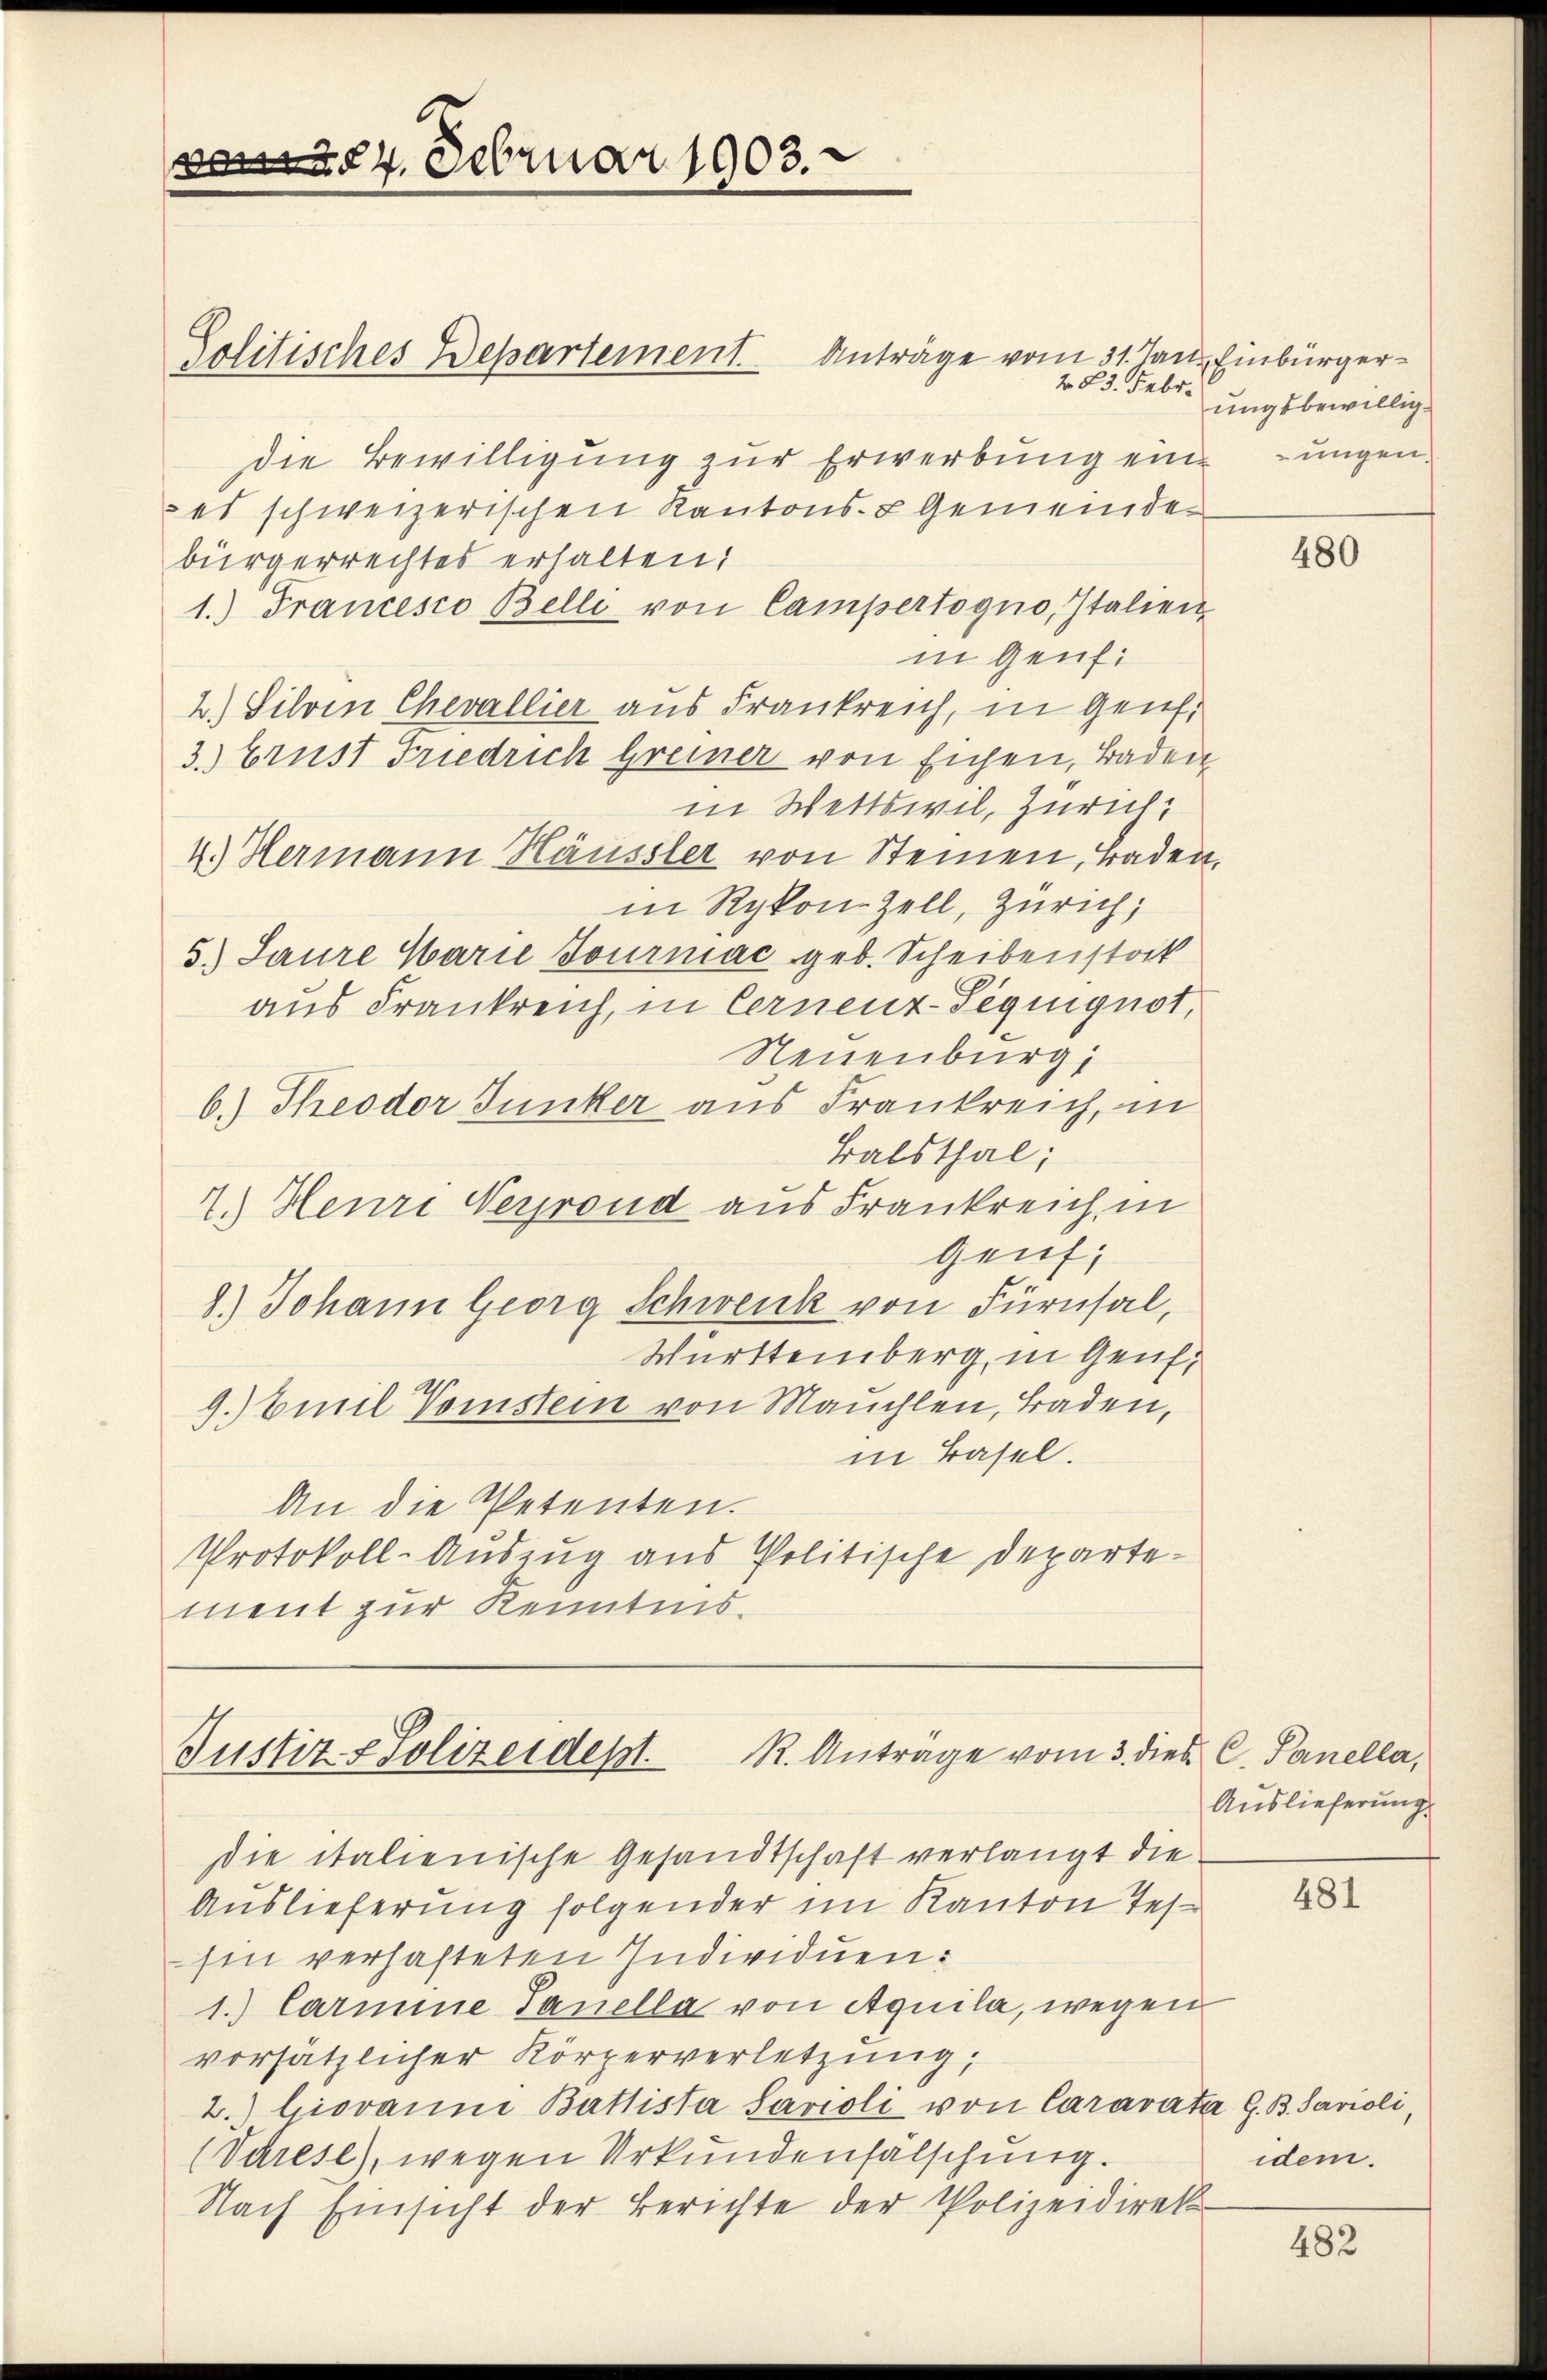
vom 24. Februar 1903.

Politisches Departement. Anträge vom 31. Jan. Einbürgerdie Bewilligung zur Erwerbung eine ungenes schweizerischen Kantons- & Gemeinde-
bürgerrechtes erhalten:
1.) Francesco Belli von Campertogno, Italien
in Genf:
2.) Silvin Chevallier aus Frankreich, in Genf.
3.) Brust Friedrich Greiner von Eichen, Baden
in Wettswil, Zürich,
4.) Hermann Häussler von Steinen, Baden,
in Rykon-Zell, Zürich,
5.) Laure Marie Journac geb. Scheibenstock
aus Frankreich, in Cernenz-Seguiguot,
Neuenburg,
6.) Theodor Junker aus Frankreich, in
Balsthal;
7.) Heure Nerrond aus Frankreich in
Genf;
8.) Johann Georg Schwenk von Fürnsal,
Württemberg, in Genf,
9.) Emil Vorstein von Meuchlen, Baden,
in Basel.
An die Petenten.
Protokoll-Auszug aus Politische Departement zur Kenntnis¬

Justiz- & Polizeidept. R. Anträge vom 3. dies C. Panella,

die italienische Gesandtschaft verlangt die
Auslieferung folgender im Kanton Tes
hin verhafteten Individuen:
1.) Carmine Sanella von Aquila, wegen
vorsätzlicher Körperverletzung,
2.) Giovanne Battista Sarioli von Caravata, G. B. Savioli
(Varese), wegen Urkundenfälschung.
Nach Einsicht der Berichte der Polizeidirek

283. Febr.
ungsbewillig.

480

Auslieferung

481

idem.

482